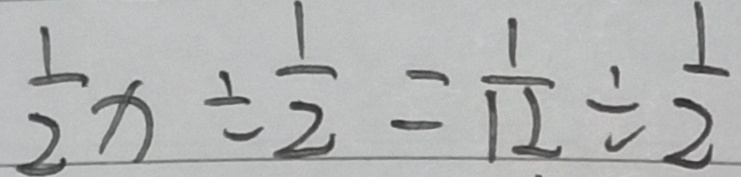
\frac { 1 } { 2 } x \div \frac { 1 } { 2 } = \frac { 1 } { 1 2 } \div \frac { 1 } { 2 }